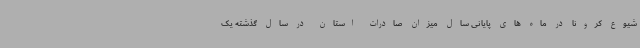
شیوع کرونا در ماه های پایانی سال میزان صادرات استان در سال گذشته یک